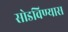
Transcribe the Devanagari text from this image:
सोडविण्यास